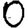
Digit: 0